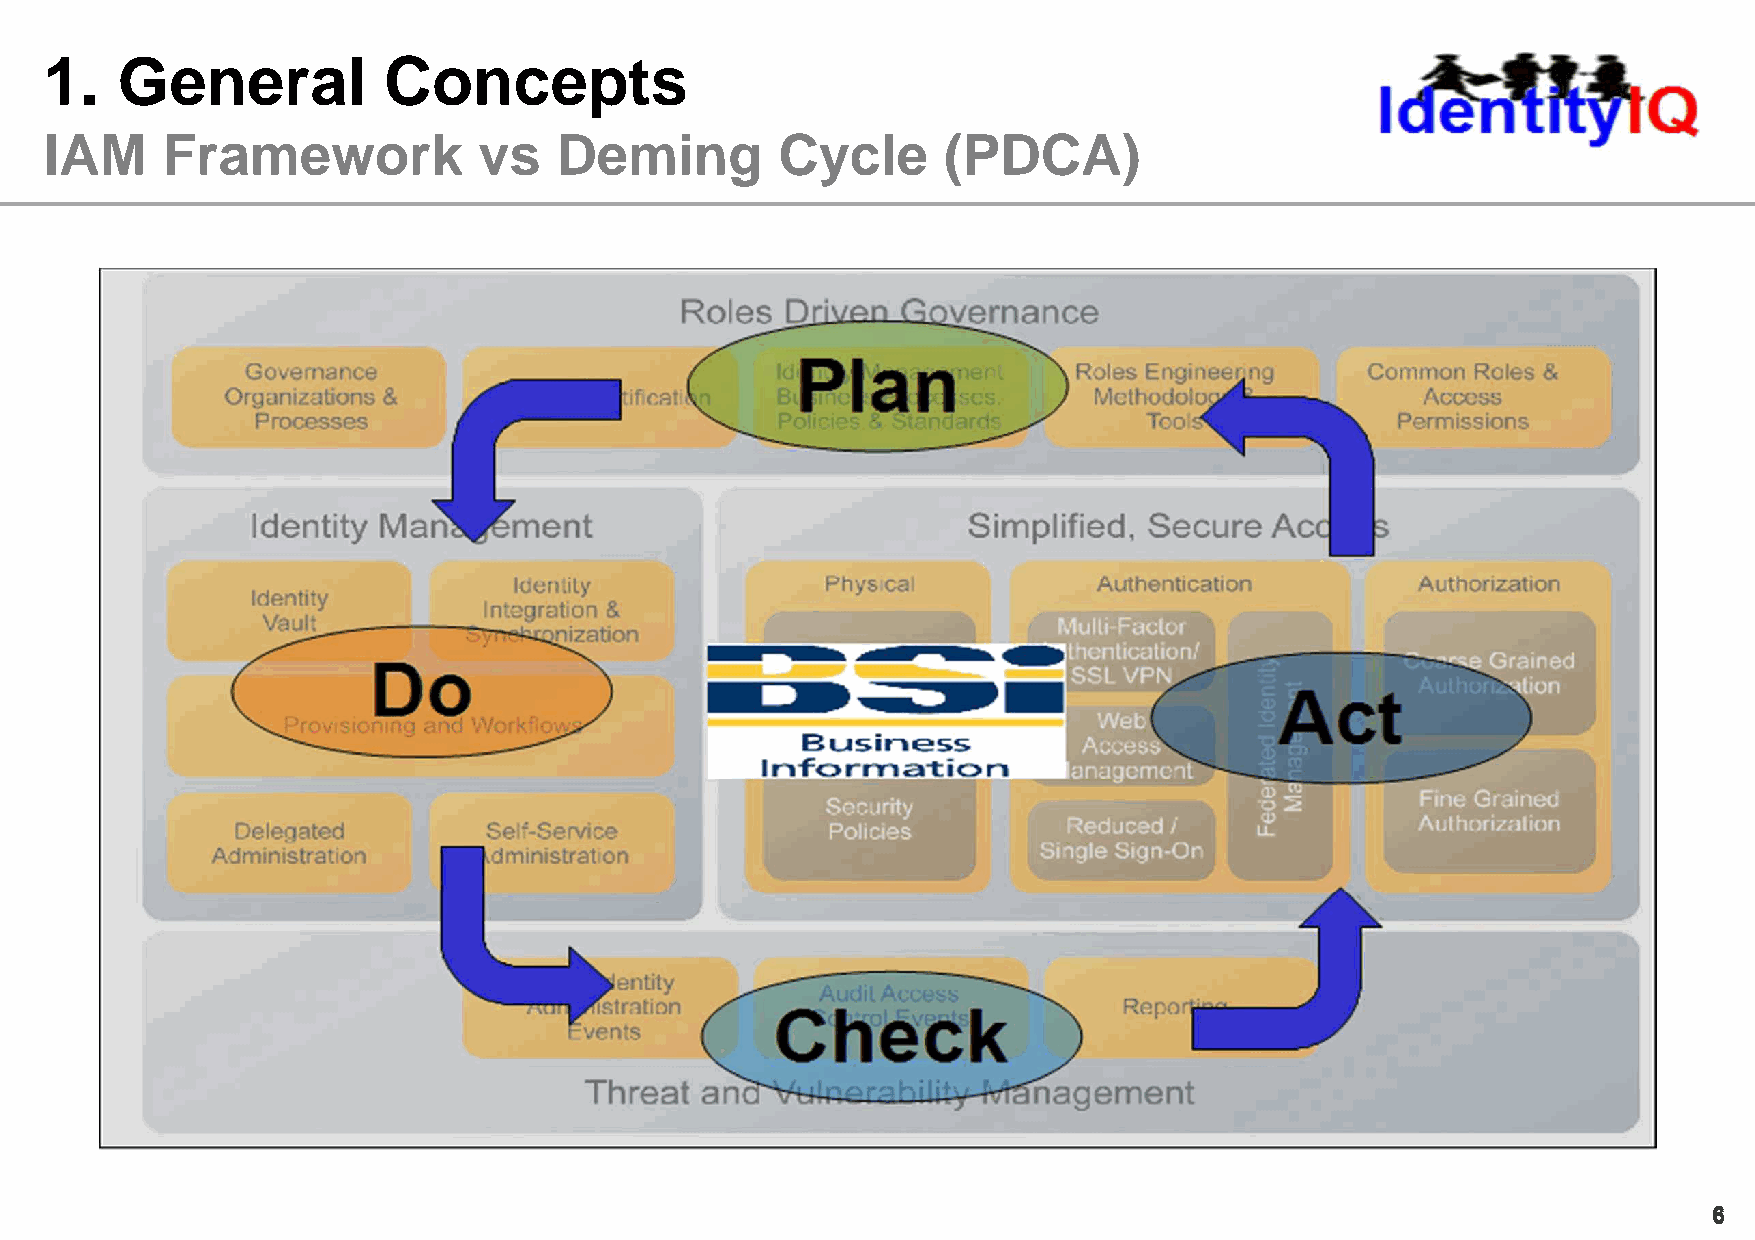
1.   General          Concepts
 IAM     Framework            vs   Deming         Cycle     (PDCA)
 66